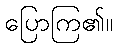
ပြောကြ၏။